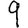
Digit: 9